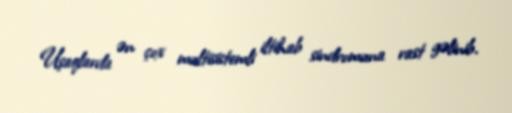
Uşaqlarda ən çox multisistemli iltihab sindromuna rast gəlinib.